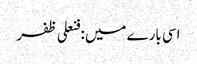
اسی بارے میں: فنعلی ظفر